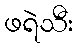
ဖရဲသီး